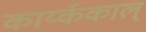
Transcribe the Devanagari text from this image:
कार्य्ककाल्